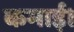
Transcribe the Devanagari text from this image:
कमाई।